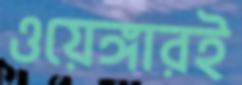
ওয়েঙ্গারই